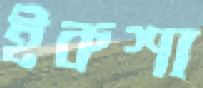
ইকশা